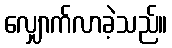
လျှောက်လာခဲ့သည်။